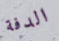
الدفة